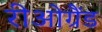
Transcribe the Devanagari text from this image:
रीओग्रैंड